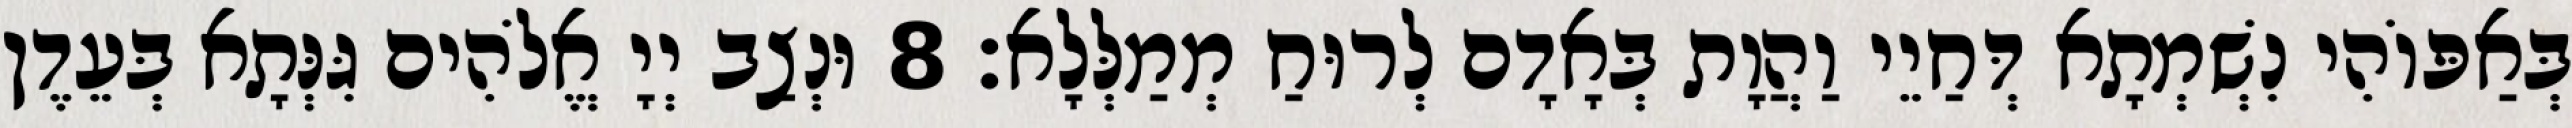
בְּאַפּוֹהִי נִשְׁמְתָא דְּחַיֵי וַהֲוָת בְּאָדָם לְרוּחַ מְמַלְּלָא׃ 8 וּנְצַב יְיָ אֱלֹהִים גִּנְּתָא בְּעֵדֶן